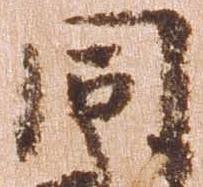
同